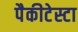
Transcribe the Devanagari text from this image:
पैकीटेस्टा